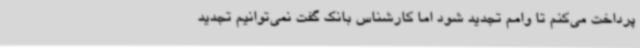
پرداخت می‌کنم تا وامم تجدید شود اما کارشناس بانک گفت نمی‌توانیم تجدید